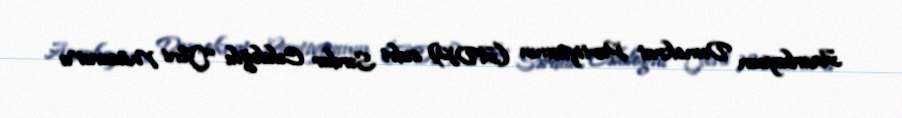
Azərbaycan Demokrat Partiyasının (ADP) sədri Sərdar Cəlaloğlu “Yeni Müsavat”a